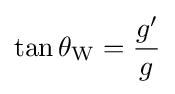
\tan \theta _{\mathrm {W} }={\frac {g'}{g}}